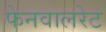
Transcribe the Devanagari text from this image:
फेनवालरेट